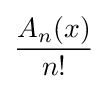
{\frac {A_{n}(x)}{n!}}